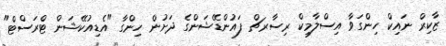
ޒާކިރް ނައިކް ހިންގަވާ އިސްލާމިކް ރިސާރޗް ފައުންޑޭޝަންގެ ދަށުން ހިންގާ "އެޑިއުކޭޝަން ޓްރަސްޓް"